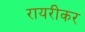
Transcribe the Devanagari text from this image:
रायरीकर